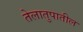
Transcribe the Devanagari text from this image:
तेलातुपातील